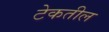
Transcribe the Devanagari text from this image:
टेकतील